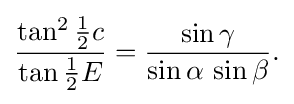
{\begin{aligned}{\frac {\tan ^{2}{\tfrac {1}{2}}c}{\tan {\tfrac {1}{2}}E}}={\frac {\sin \gamma }{\sin \alpha \,\sin \beta }}.\end{aligned}}